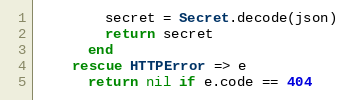
Language: Ruby
        secret = Secret.decode(json)
        return secret
      end
    rescue HTTPError => e
      return nil if e.code == 404